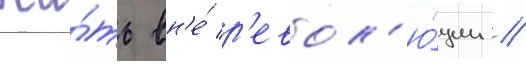
жи́ть вн'е́ р'евол'ю́ции //